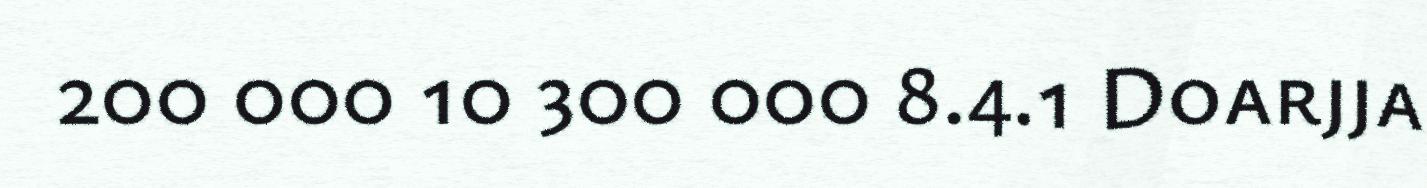
200 000 10 300 000 8.4.1 Doarjja